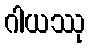
ဂါယဿု